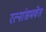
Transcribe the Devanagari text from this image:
रत्नांसमवेत